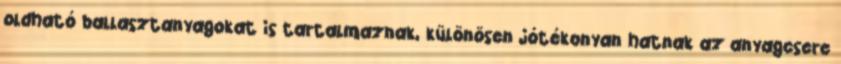
oldható ballasztanyagokat is tartalmaznak, különösen jótékonyan hatnak az anyagcsere